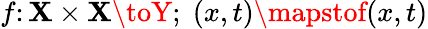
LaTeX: f\colon\mathbf{X}\times\mathbf{X}\toY;\; (x,t)\mapstof(x,t)